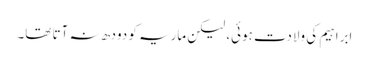
ابراہیم کی ولادت ہوئی، لیکن ماریہ کو دودھ نہ آتا تھا۔